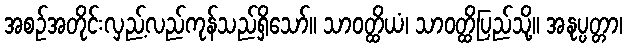
အစဉ်အတိုင်းလှည့်လည်ကုန်သည်ရှိသော်။ သာဝတ္ထိယံ၊ သာဝတ္ထိပြည်သို့။ အနုပ္ပတ္တာ၊